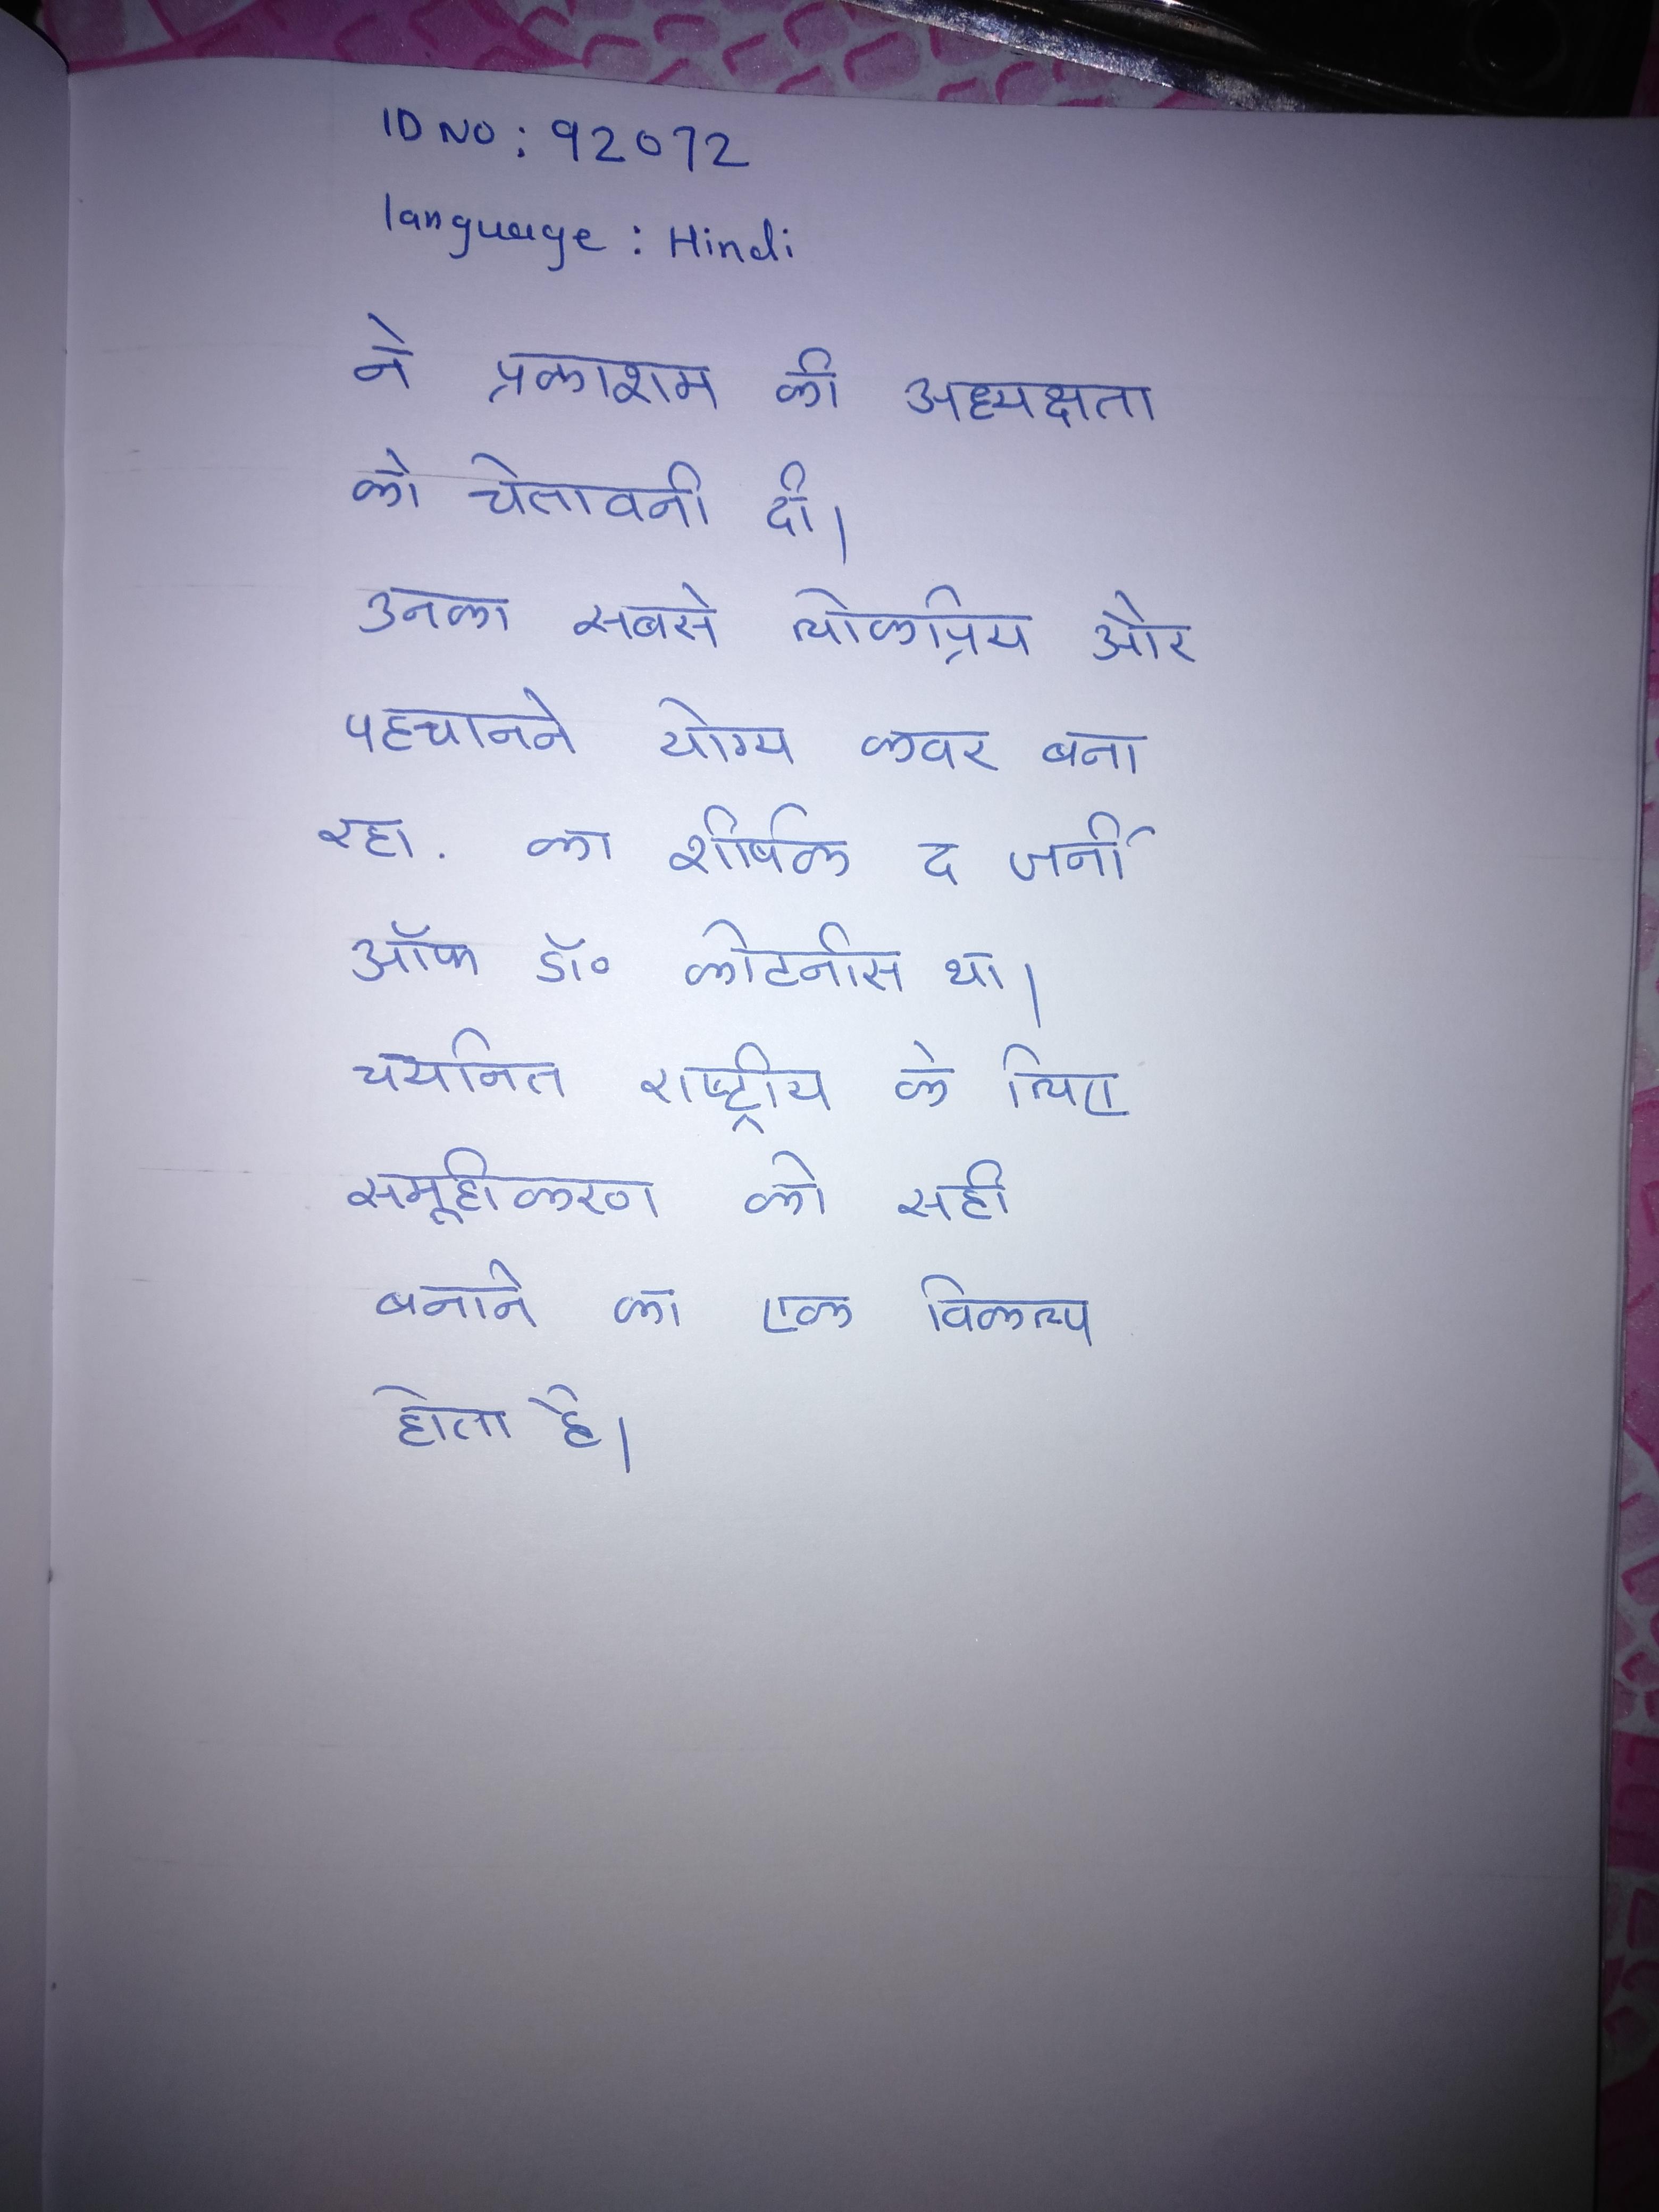
ने प्रकाशम की अध्यक्षता को चेतावनी दी । उनका सबसे लोकप्रिय और पहचानने योग्य कवर बना रहा . का शीर्षक द जर्नी ऑफ डॉ॰ कोटनीस था । चयनित राष्ट्रीय के लिए समूहीकरण को सही बनाने का एक विकल्प होता है ।